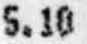
5.10